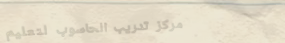
مركز تدريب الحاسوب لتعليم